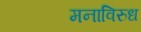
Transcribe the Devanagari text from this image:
मनाविरुध